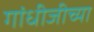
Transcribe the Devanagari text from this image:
गांधीजीच्या